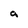
Character: a